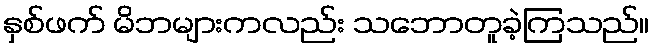
နှစ်ဖက် မိဘများကလည်း သဘောတူခဲ့ကြသည်။